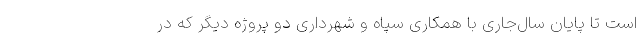
است تا پایان سال‌جاری با همکاری سپاه و شهرداری دو پروژه دیگر که در